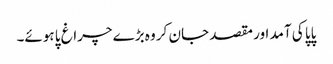
پاپا کی آمد اور مقصد جان کر وہ بڑے چراغ پا ہوئے۔